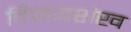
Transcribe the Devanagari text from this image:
विजयशंख